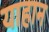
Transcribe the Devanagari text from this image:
याहान